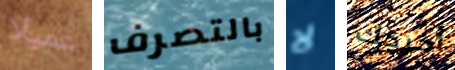
عميلا بالتصرف لا أخرجك